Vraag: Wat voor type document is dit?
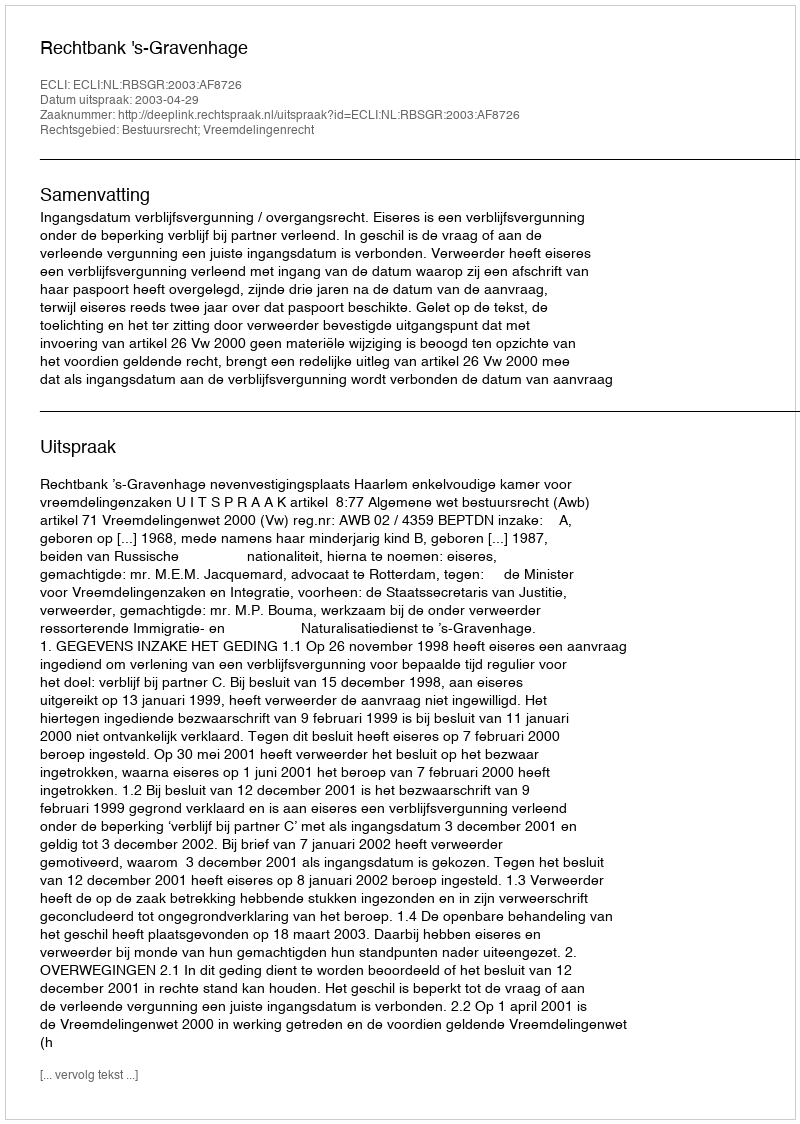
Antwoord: Uitspraak